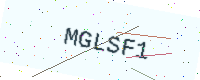
Text: MGLSF1